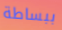
ببساطة